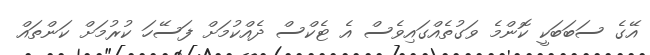
އޭގެ ސަބަބަކީ ކޮންމެ ވަގުތެއްގައިވެސް އެ ޓެކްސް ދެއްކުމަށް ފަސޭހަ ކުރުމަށް ކަންތައް